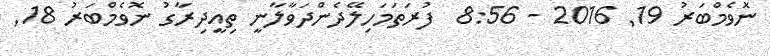
ނޮވެމްބަރު 19